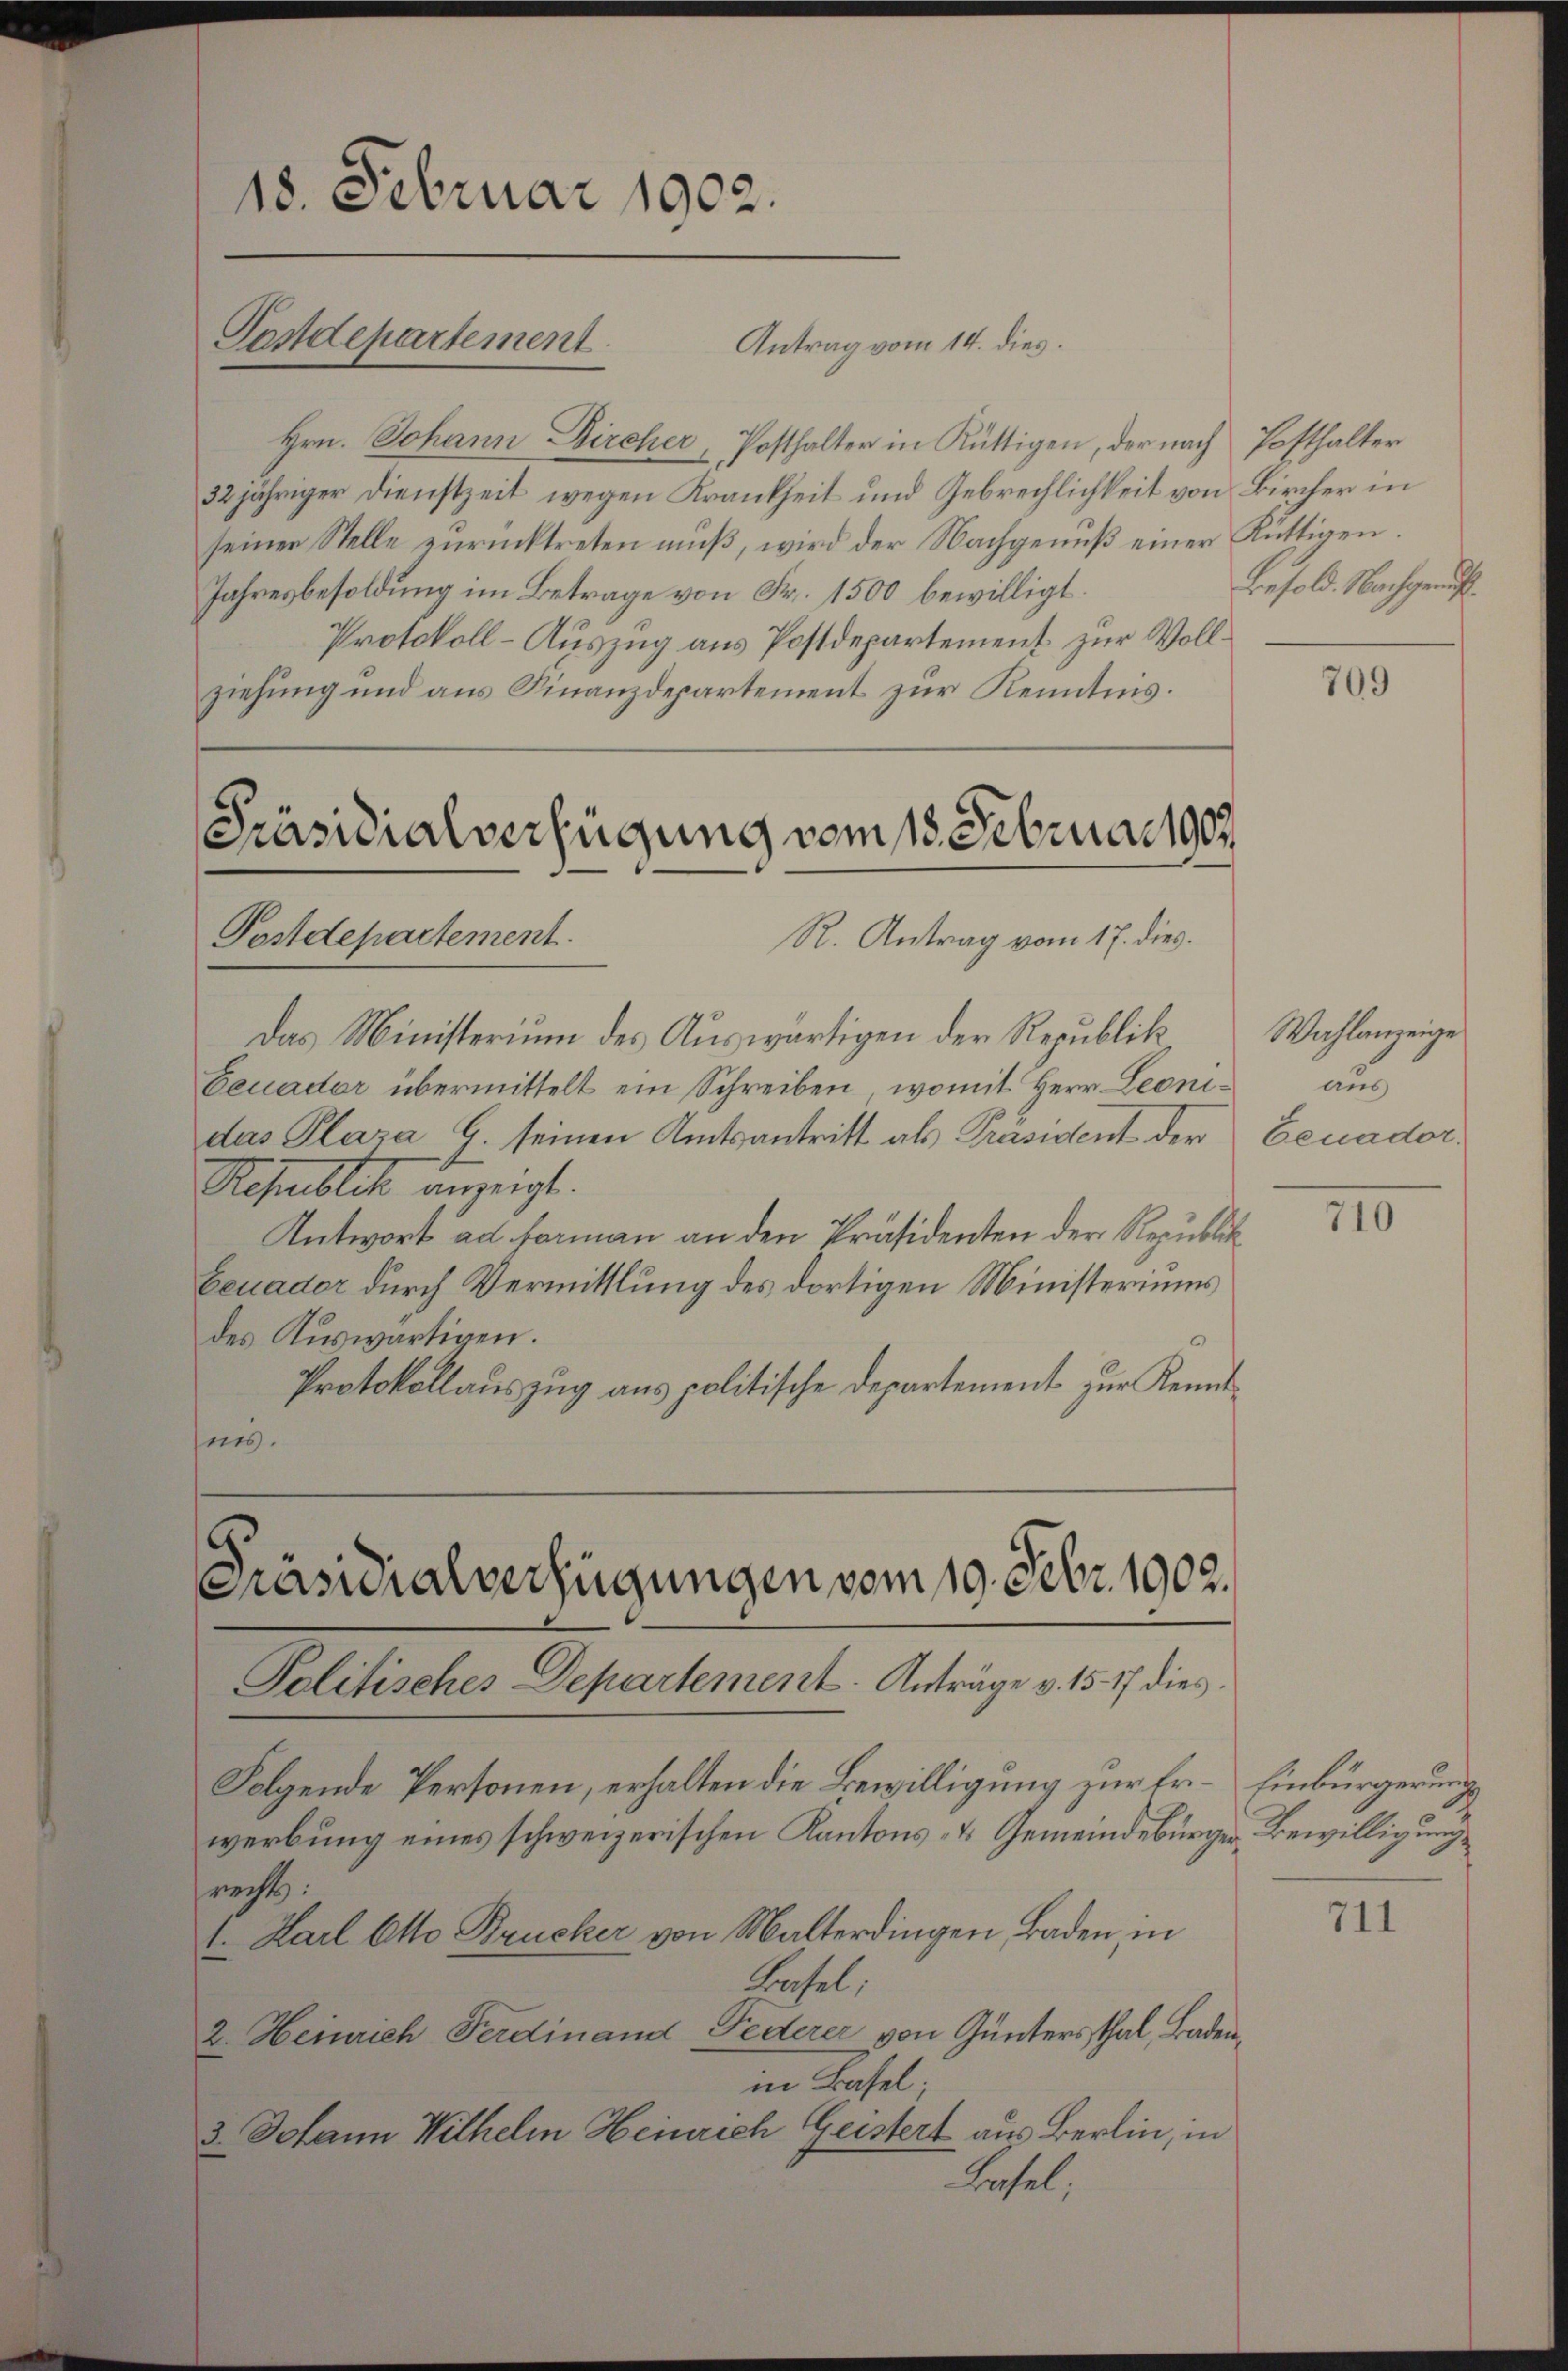
Hrn. Johann Bircher, Posthalter in Rüttigen, der nach Posthalter
32jähriger Dienstzeit wegen Krankheit und Gebrechlichkeit von Bircher in
seiner Stelle zurücktreten muß, wird der Nachgenuß einer Rüttigen.
Jahresbesoldung im Betrage von Fr. 1500 bewilligt.
Protokoll-Auszug aus Postdepartement zur Vollziehung und aus Finanzdepartement zur Kenntnis.

18. Februar 1902.
Postdepartement

Antrag vom 14. dies

Präsidialverfügung vom 18. Februar 1907.
Postdepartement.
R. Antrag vom 17. dies

Das Ministerium des Auswärtigen der Republik
Feuader übermittelt ein Schreiben, womit Herr Leonidas Plaza G. seinen Amtsantritt als Präsident der
Republik anzeigt.
Antwort ad forman an den Präsidenten der Republikbeuader durch Vermittlung des dortigen Ministeriums
des Auswärtigen.
.
Protokollauszug aus politische Departement zur Kennt
nes.

Präsidialverfügungen vom 19. Febr. 1902.
Politisches Departement. Anträge v. 1517 dies

recht:
1. Karl Otto Brucker von Malterdingen, Baden, in
Hasel.
2. Heinrich Ferdinand Federer von Gunters Thal, Baden,
in Basel;
3 Johann Wilhelm Heinrich Geistert aus Berlin, in
Basel;

Besold. Nachgenuß.

Folgende Personen, erhalten die Bewilligung zur Er-Einbürgerungs
werbung eines schweizerischen Kantons- & Gemeindebürger Bewilligung

709

Wahlanzeige
auch
Benador.

710

711